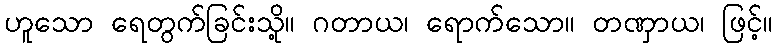
ဟူသော ရေတွက်ခြင်းသို့။ ဂတာယ၊ ရောက်သော။ တဏှာယ၊ ဖြင့်။